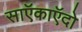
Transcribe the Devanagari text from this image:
साऍकाऍदो